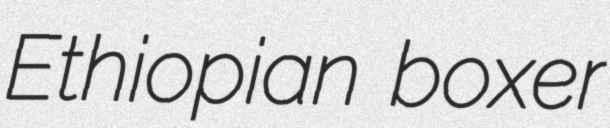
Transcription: Ethiopian boxer